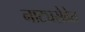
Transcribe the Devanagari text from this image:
नाट्यसेवेत